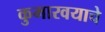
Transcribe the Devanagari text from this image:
कुमारवयाचे